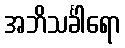
အဘိသင်္ခါရော